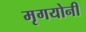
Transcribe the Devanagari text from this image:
मृगयोनी